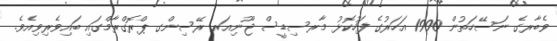
ވެބާރގެ ނަސޭހަތުން 1990 އަހަރުގެ ފަހުކޮޅު މާރސިޑީސް ޖޫނިއަރ ރޭސިންގ ޕްރޮގްރާމްގައި ބައިވެރިވިއެވެ.